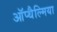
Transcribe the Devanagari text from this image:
ऑप्‍थैल्मिया